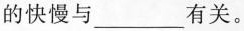
的快慢与_________有关。